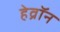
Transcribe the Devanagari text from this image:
हेव्रॉन